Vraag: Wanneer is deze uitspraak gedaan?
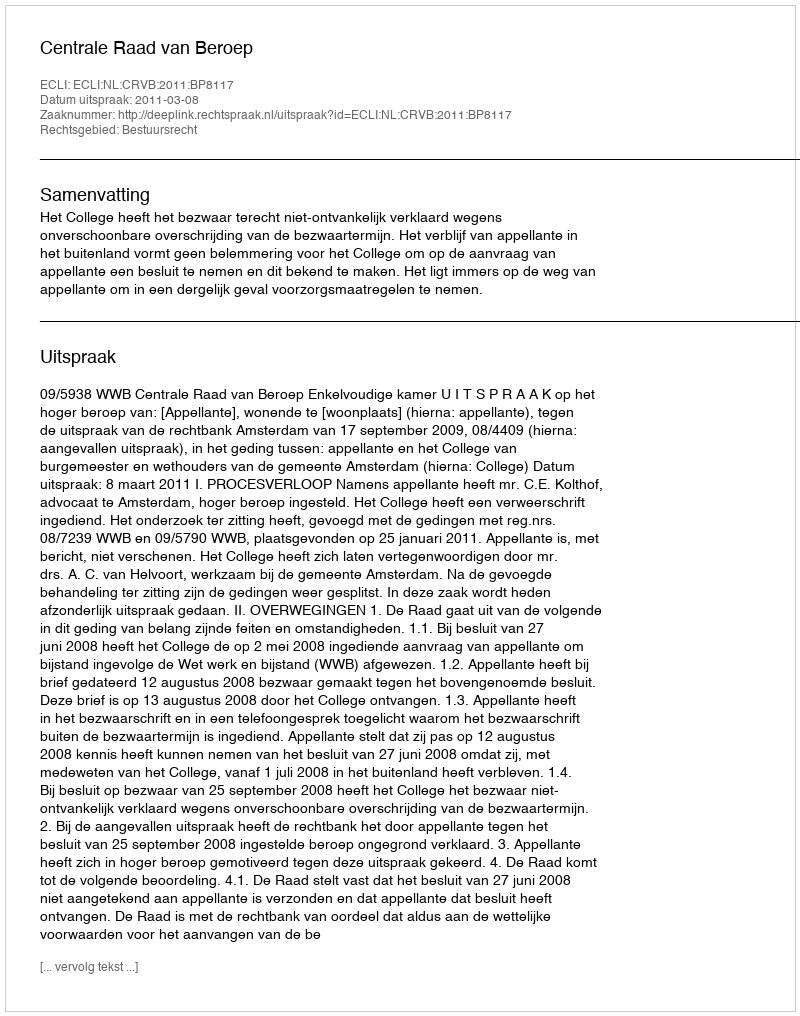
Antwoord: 2011-03-08